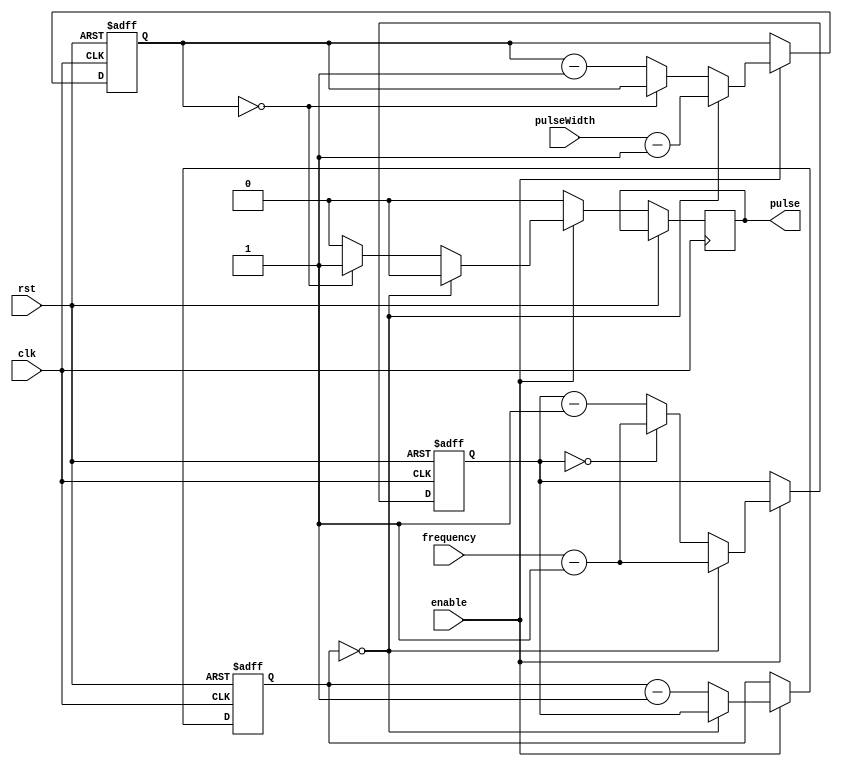
module ProgrammablePulseGenerator(
    input wire clk,
    input wire rst,
    input wire enable,
    input wire [7:0] pulseWidth,
    input wire [15:0] frequency,
    output reg pulse
);

reg [15:0] count;
reg [7:0] widthCounter;
reg [15:0] periodCounter;
reg sync;
reg [15:0] counter;

always @(posedge clk or posedge rst) begin
    if (rst) begin
        count <= 0;
        widthCounter <= 0;
        periodCounter <= 0;
        sync <= 0;
        counter <= 0;
    end else begin
        if (enable) begin
            if (count == 0) begin
                periodCounter <= frequency - 1;
                widthCounter <= pulseWidth - 1;
                count <= periodCounter;
                pulse <= 0;
                sync <= 0;
            end else begin
                if (widthCounter == 0) begin
                    pulse <= 1;
                end else begin
                    pulse <= 0;
                    widthCounter <= widthCounter - 1;
                end

                if (periodCounter == 0) begin
                    periodCounter <= frequency - 1;
                    sync <= 1;
                end else begin
                    periodCounter <= periodCounter - 1;
                    sync <= 0;
                end

                count <= count - 1;
            end
        end else begin
            pulse <= 0;
        end
    end
end

endmodule